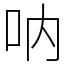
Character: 呐